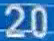
20